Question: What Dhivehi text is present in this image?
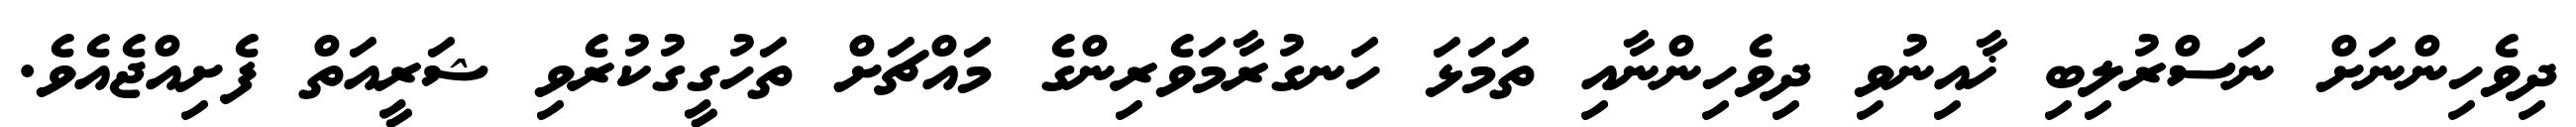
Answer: ދިވެހިންނަށް ނަސްރުލިބި ޚާއިނުވި ދިވެހިންނާއި ތަމަޅަ ހަނގުރާމަވެރިންގެ މައްޗަށް ތަހުގީގުކުރެވި ޝަރީއަތް ފެށިއްޖެއެވެ.